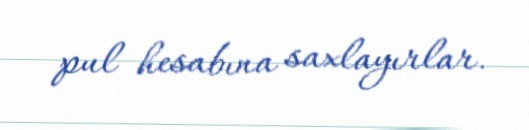
pul hesabına saxlayırlar.